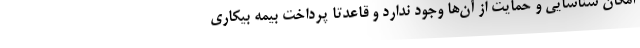
امکان شناسایی و حمایت از آن‌ها وجود ندارد و قاعدتا پرداخت بیمه بیکاری